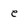
Character: e